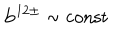
{ \bf b } ^ { 1 2 \pm } \sim \mathrm { c o n s t }